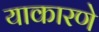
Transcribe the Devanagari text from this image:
याकारणे